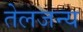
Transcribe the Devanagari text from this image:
तेलजन्य